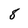
Character: 8